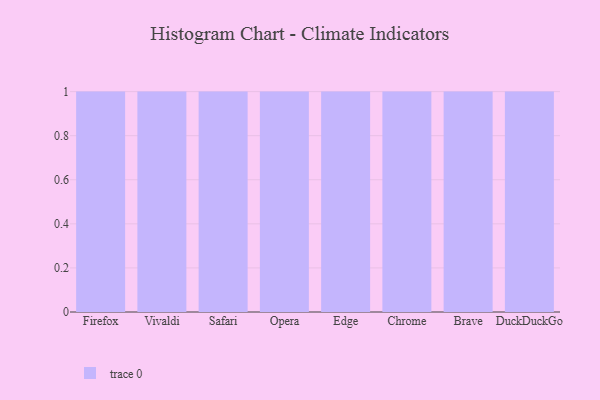
{"axis": {"x": "Browser", "y": "Revenue (USD Million)"}, "legend": [""], "data": [{"x": "Firefox", "y": 74, "type": ""}, {"x": "Vivaldi", "y": 58, "type": ""}, {"x": "Safari", "y": 87, "type": ""}, {"x": "Opera", "y": 89, "type": ""}, {"x": "Edge", "y": 55, "type": ""}, {"x": "Chrome", "y": 26, "type": ""}, {"x": "Brave", "y": 13, "type": ""}, {"x": "DuckDuckGo", "y": 31, "type": ""}]}